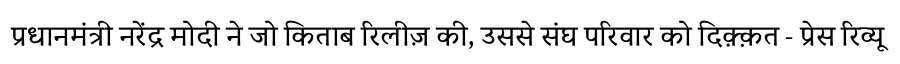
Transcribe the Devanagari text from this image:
प्रधानमंत्री नरेंद्र मोदी ने जो किताब रिलीज़ की, उससे संघ परिवार को दिक़्क़त - प्रेस रिव्यू